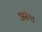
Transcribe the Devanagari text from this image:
अरुच